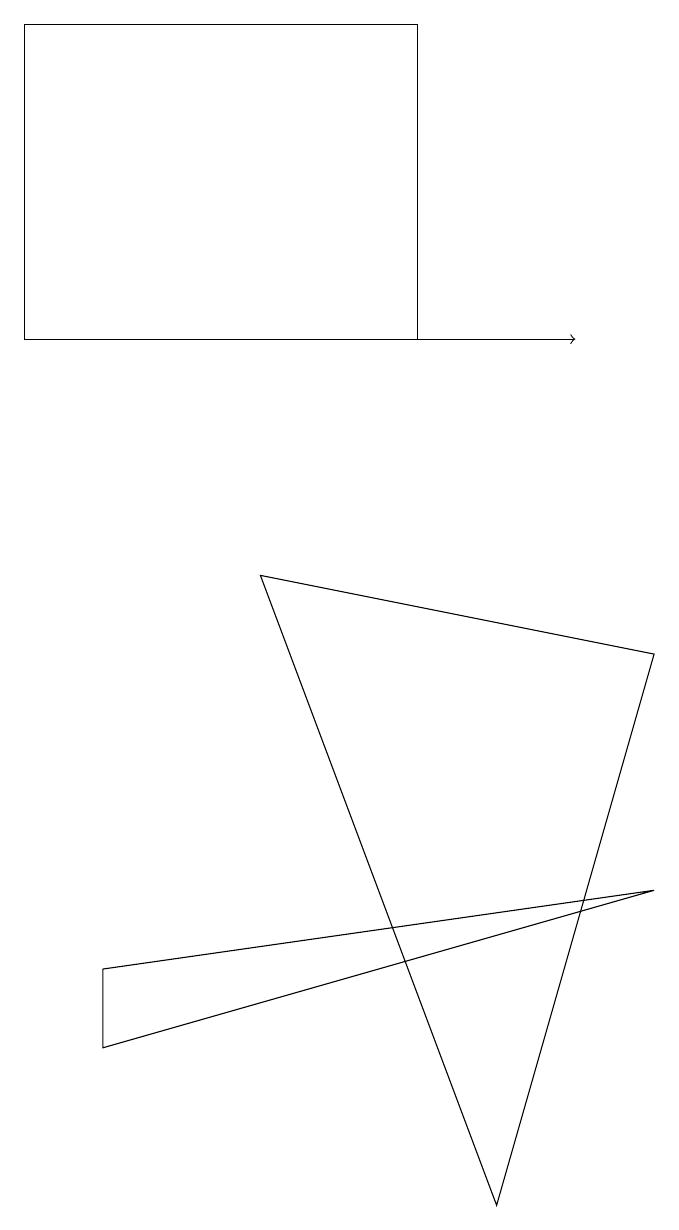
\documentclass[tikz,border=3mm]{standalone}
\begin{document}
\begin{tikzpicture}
\draw (2,3) -- (9,4) -- (2,2) -- cycle;
\draw (7,0) -- (9,7) -- (4,8) -- cycle;
\draw[->] (1,11) -- (8,11);
\draw (6,11) rectangle (1,15);
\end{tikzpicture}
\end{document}